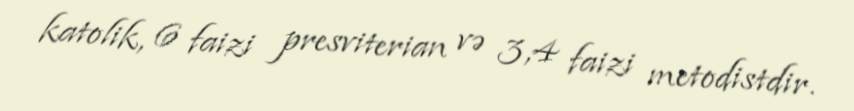
katolik, 6 faizi presviterian və 3,4 faizi metodistdir.